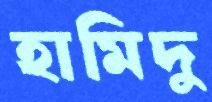
হামিদু